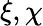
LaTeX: \xi,\chi